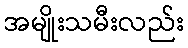
အမျိုးသမီးလည်း